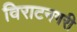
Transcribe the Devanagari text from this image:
विराटनगरी